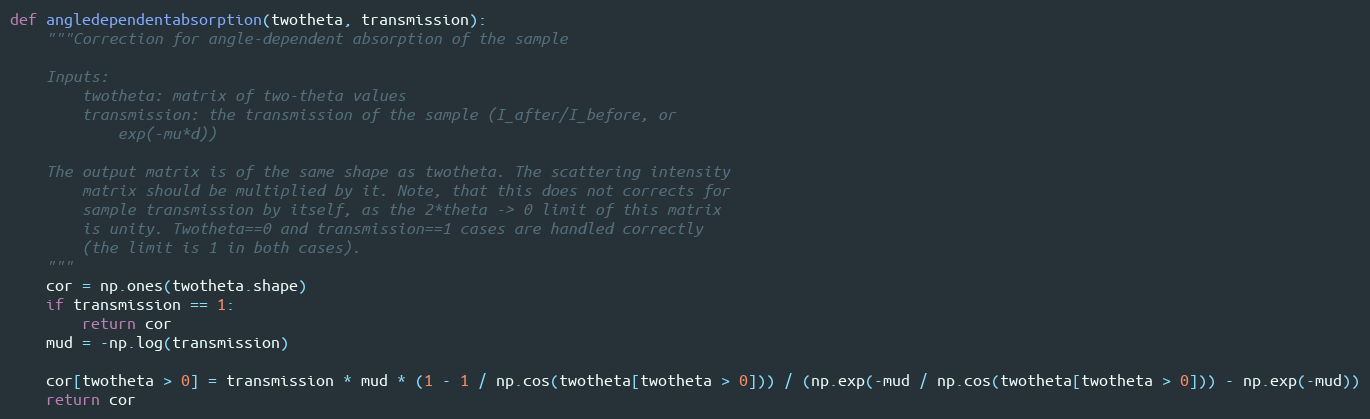
Language: Python
def angledependentabsorption(twotheta, transmission):
    """Correction for angle-dependent absorption of the sample

    Inputs:
        twotheta: matrix of two-theta values
        transmission: the transmission of the sample (I_after/I_before, or
            exp(-mu*d))

    The output matrix is of the same shape as twotheta. The scattering intensity
        matrix should be multiplied by it. Note, that this does not corrects for
        sample transmission by itself, as the 2*theta -> 0 limit of this matrix
        is unity. Twotheta==0 and transmission==1 cases are handled correctly
        (the limit is 1 in both cases).
    """
    cor = np.ones(twotheta.shape)
    if transmission == 1:
        return cor
    mud = -np.log(transmission)

    cor[twotheta > 0] = transmission * mud * (1 - 1 / np.cos(twotheta[twotheta > 0])) / (np.exp(-mud / np.cos(twotheta[twotheta > 0])) - np.exp(-mud))
    return cor